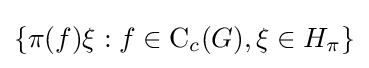
\left\{\pi (f)\xi :f\in \operatorname {C} _{c}(G),\xi \in H_{\pi }\right\}